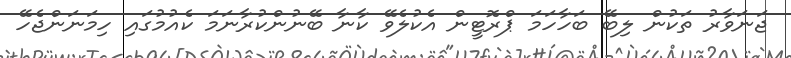
ޖަނަވާރު ތަކުން ލިބޭ ބަހާހަމަ ޕްރޮޓީން އެކުލެވޭ ކާނާ ބޭނުންކުރާނަމަ ކެއުމުގައި ހިމަނަންޖެހޭ